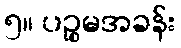
၅။ ပဉ္စမအခန်း